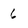
Character: 6